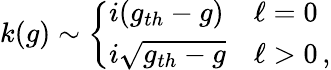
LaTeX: k(g)\sim\left\{ \begin{array}{ll}{i(g_{th}-g)}&{\ell=0}\\ {i\sqrt{g_{th}-g}}&{\ell>0\, ,}\end{array}\right.